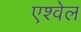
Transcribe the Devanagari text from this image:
एश्वेल